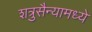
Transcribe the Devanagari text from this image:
शत्रुसैन्यामध्ये